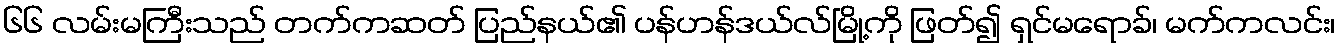
၆၆ လမ်းမကြီးသည် တက်ကဆတ် ပြည်နယ်၏ ပန်ဟန်ဒယ်လ်မြို့ကို ဖြတ်၍ ရှင်မရောခ်၊ မက်ကလင်း၊